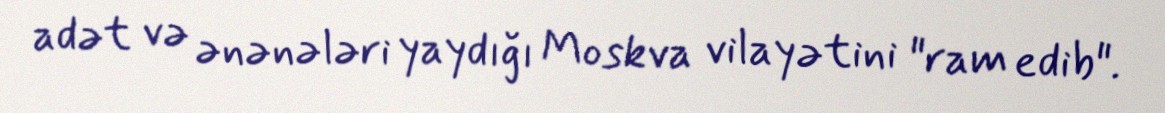
adət və ənənələri yaydığı Moskva vilayətini "ram edib".